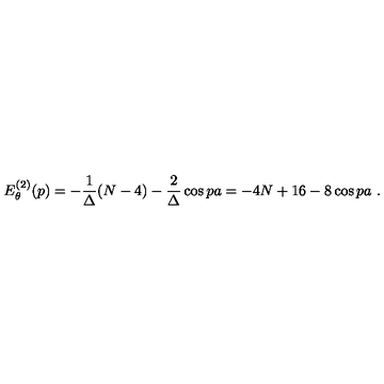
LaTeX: E _ { \theta } ^ { ( 2 ) } ( p ) = - \frac { 1 } { \Delta } ( N - 4 ) - \frac { 2 } { \Delta } \cos p a = - 4 N + 1 6 - 8 \cos p a \ .